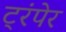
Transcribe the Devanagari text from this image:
ट्रंपेर